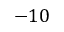
- 1 0